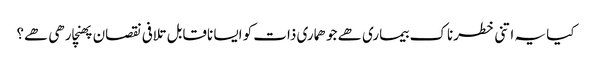
کیا یہ اتنی خطرناک بیماری ھے جو ھماری ذات کو ایسا ناقابل تلافی نقصان پھنچارھی ھے؟